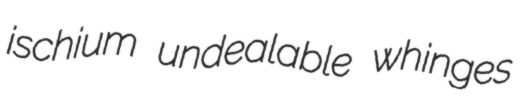
ischium undealable whinges